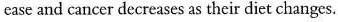
case and cancer decreases as their diet changes.